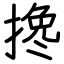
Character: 搀